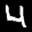
Label: 4